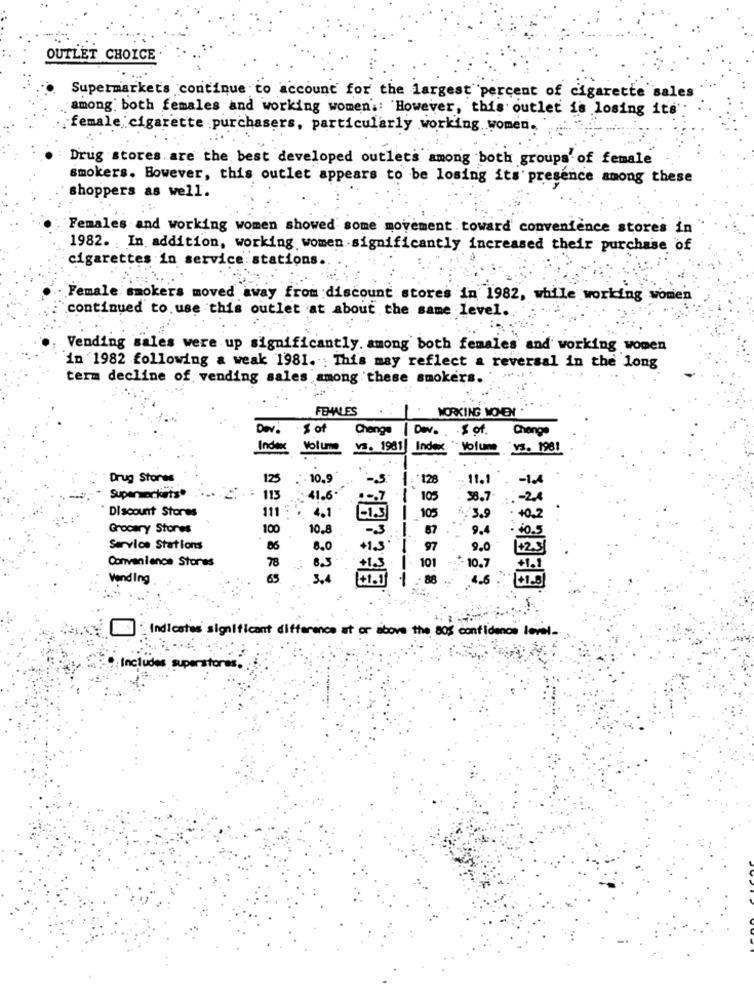
OUTLET CHOICE
Supermarkets continue to account for the largest percent of cigarette sales
among both females and working women. However, this outlet is losing its'
female cigarette purchasers, particularly working women.
Drug stores. are the best developed outlets among both groups' of female
smokers. However, this outlet appears to be losing its presence among these
shoppers as well.
Females and working women showed some movement toward convenience stores in
1982. In addition, working women significantly increased their purchase of
cigarettes in service stations.
Female smokers moved away from discount stores in 1982, while working women
continued to use this outlet at about the same level.
Vending sales were up significantly. among both females and working women
in 1982 following a weak 1981. ; This may reflect a reversal in the long
term decline of vending sales among these smokers.
FEMALES
WORKING WONEN .
Dev. s of
Change
Dev. of.
Change
Index Volume
vs. 1981 Index " Volume vs. 1981
Drug Stores
125
10.9
-S
128
11.1
Supersockets®
113
41.6.
:-. 7
105
38.7
-2
Discount Stores
111
4.1
-1.5
105
3,9
0,2
Grocery Stores
100
10.8
67
9.4
Service Stations
86
8.0
97
9.0
Convenience Stores
78
8.3
101
10.7
Vending
65
3.4
1.00.
4.6
Indicates significant difference at or above the 80% confidence level.
Includes sup